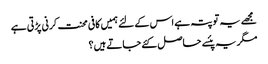
مجھے یہ تو پتہ ہے اس کے لئے ہمیں کافی محنت کرنی پڑتی ہے
مگر یہ پئسے حاصل کئے جاتے ہیں؟